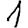
Digit: 1